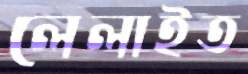
লেলাইত